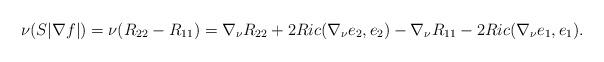
LaTeX: \begin{align*}\nu(S|\nabla f|)=\nu(R_{22}-R_{11})=\nabla_{\nu}R_{22}+2Ric(\nabla_{\nu}e_2,e_2)-\nabla_{\nu}R_{11}-2Ric(\nabla_{\nu}e_1,e_1).\end{align*}